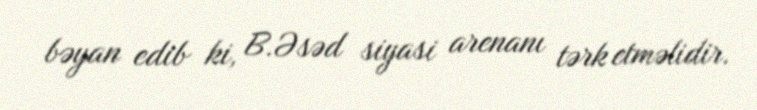
bəyan edib ki, B.Əsəd siyasi arenanı tərk etməlidir.